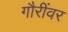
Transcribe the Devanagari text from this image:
गौरींवर